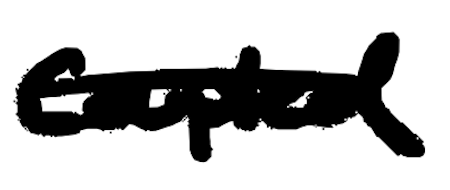
Text: coupled
Cross-out: single-line
Writing tool: digital_black